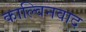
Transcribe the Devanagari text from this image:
काल्विनवाद